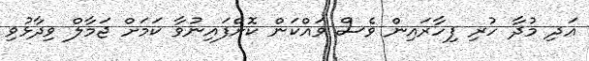
އަދި މުދާ ހުރި ފިހާރައިން ވެސް ވައްކަން ކޮށްފައިނުވާ ކަމަށް ޖަމާލް ވިދާޅުވި